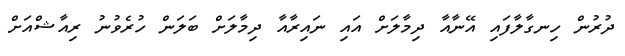
ދުރުން ހިނގާލާފައި އޭނާއާ ދިމާލަށް އައި ނައިރާއާ ދިމާލަށް ބަލަން ހުރެވުނު ރިއާޝްއަށް